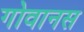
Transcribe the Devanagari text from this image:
गोवानस